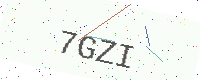
Text: 7GZI